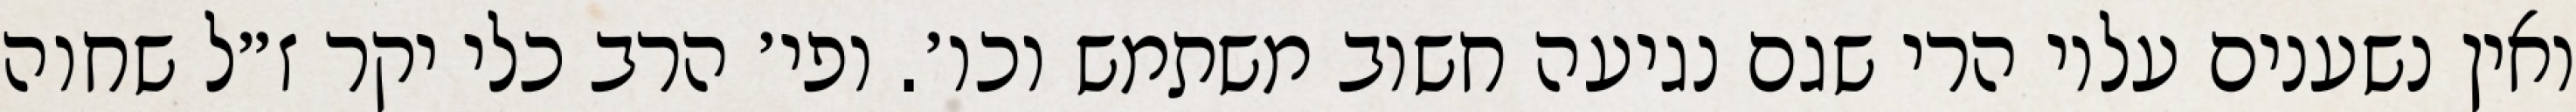
ואין נשענים עליו הרי שגם נגיעה חשוב משתמש וכו׳. ופי׳ הרב כלי יקר ז״ל שחוה